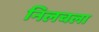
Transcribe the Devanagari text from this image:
निलचला